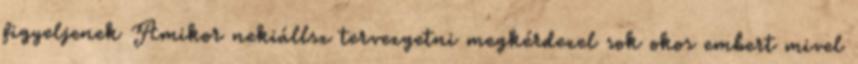
figyeljenek Amikor nekiállsz tervezgetni megkérdezel sok okos embert mivel